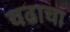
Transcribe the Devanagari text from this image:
चढाचा